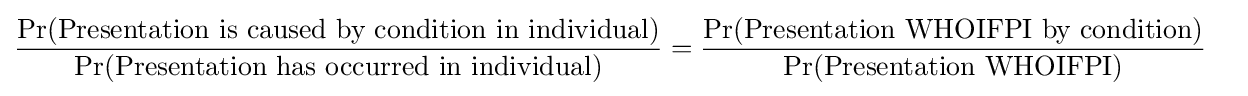
{\begin{aligned}&{\frac {\Pr({\text{Presentation is caused by condition in individual}})}{\Pr({\text{Presentation has occurred in individual}})}}={\frac {\Pr({\text{Presentation WHOIFPI by condition}})}{\Pr({\text{Presentation WHOIFPI}})}}\end{aligned}}